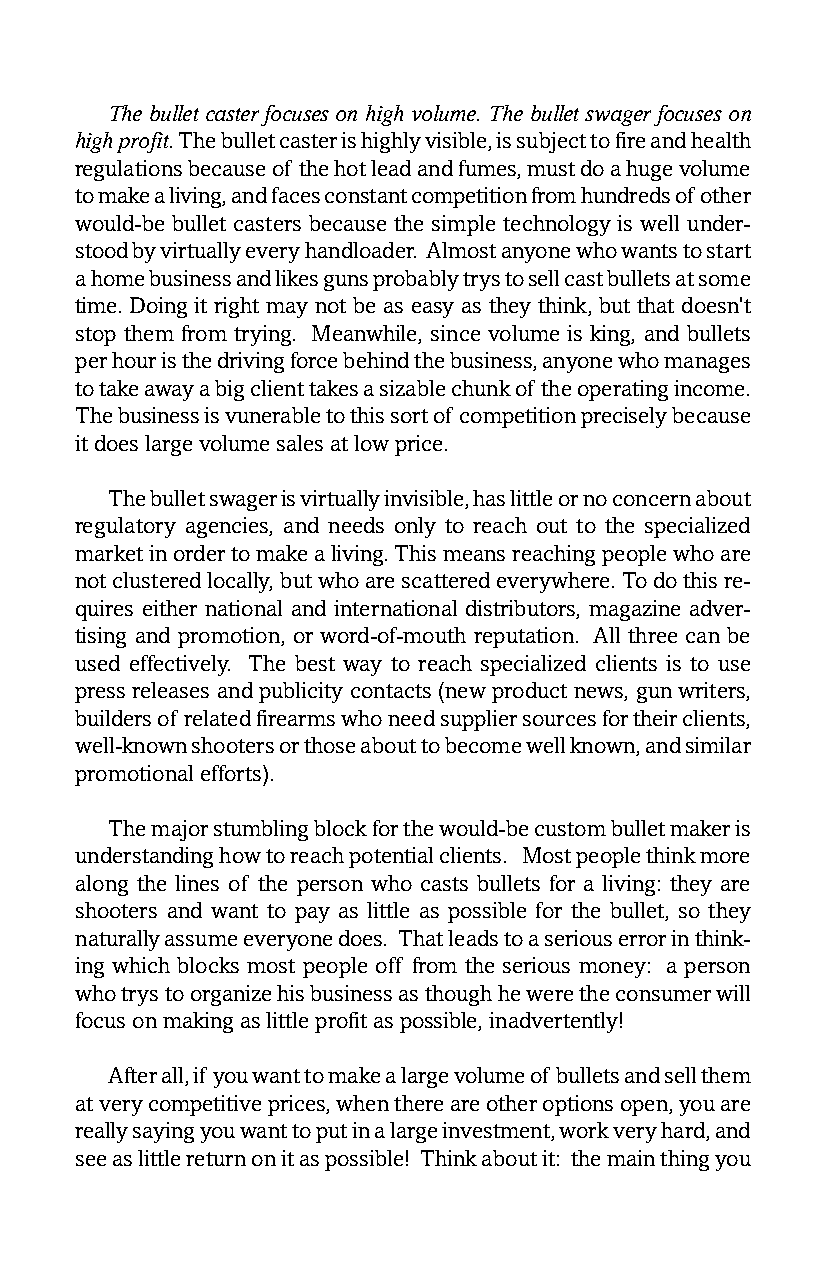
The bullet caster focuses on high volume. The bullet swager focuses on
 high profit. The bullet caster is highly visible, is subject to fire and health
 regulations because of the hot lead and fumes, must do a huge volume
 to make a living, and faces constant competition from hundreds of other
 would-be bullet casters because the simple technology is well under-
 stood by virtually every handloader. Almost anyone who wants to start
 a home business and likes guns probably trys to sell cast bullets at some
 time. Doing it right may not be as easy as they think, but that doesn’t
 stop them from trying. Meanwhile, since volume is king, and bullets
 per hour is the driving force behind the business, anyone who manages
 to take away a big client takes a sizable chunk of the operating income.
 The business is vunerable to this sort of competition precisely because
 it does large volume sales at low price.
 The bullet swager is virtually invisible, has little or no concern about
 regulatory agencies, and needs only to reach out to the specialized
 market in order to make a living. This means reaching people who are
 not clustered locally, but who are scattered everywhere. To do this re-
 quires either national and international distributors, magazine adver-
 tising and promotion, or word-of-mouth reputation. All three can be
 used effectively. The best way to reach specialized clients is to use
 press releases and publicity contacts (new product news, gun writers,
 builders of related firearms who need supplier sources for their clients,
 well-known shooters or those about to become well known, and similar
 promotional efforts).
 The major stumbling block for the would-be custom bullet maker is
 understanding how to reach potential clients. Most people think more
 along the lines of the person who casts bullets for a living: they are
 shooters and want to pay as little as possible for the bullet, so they
 naturally assume everyone does. That leads to a serious error in think-
 ing which blocks most people off from the serious money: a person
 who trys to organize his business as though he were the consumer will
 focus on making as little profit as possible, inadvertently!
 After all, if you want to make a large volume of bullets and sell them
 at very competitive prices, when there are other options open, you are
 really saying you want to put in a large investment, work very hard, and
 see as little return on it as possible! Think about it: the main thing you